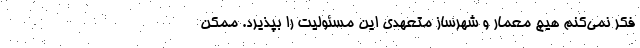
فکر نمی‌کنم هیچ معمار و شهرساز متعهدی این مسئولیت را بپذیرد. ممکن